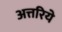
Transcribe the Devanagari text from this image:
अत्तरिये